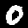
Label: 0